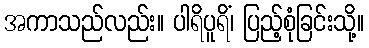
အကာသည်လည်း။ ပါရိပူရိံ၊ ပြည့်စုံခြင်းသို့။